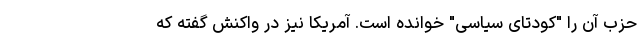
حزب آن را "کودتای سیاسی" خوانده است. آمریکا نیز در واکنش گفته که